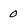
Character: 0